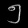
Digit: ၅